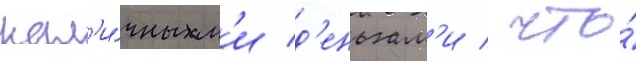
нал'и́чным'и д'еньгам'и / что́